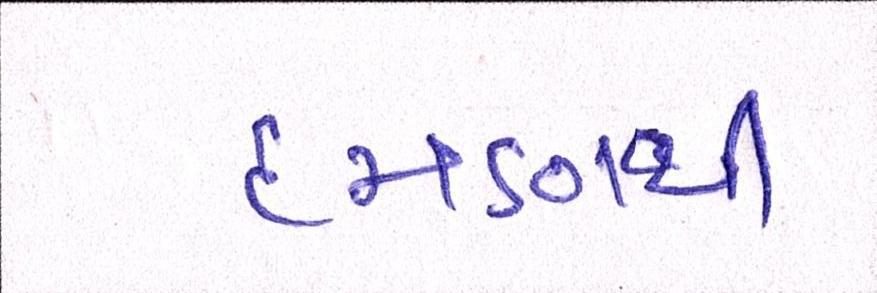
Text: દમણથી